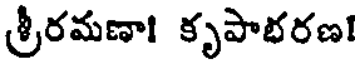
శ్రీరమణా! కృపాభరణ!